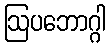
ဩပဘောဂ္ဂါ